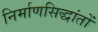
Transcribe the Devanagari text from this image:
निर्माणसिद्धांतों